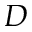
D